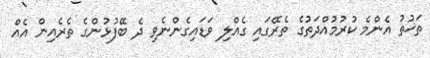
ތަޚުތު އެންމެ ކުރުމުއްދަތުގެ ތެރޭގައި ގެއްލި ވަޑައިގެންނެވި ދެ ބޭފުޅުންގެ ތެރެއިން އެެއް